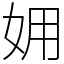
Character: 𡛾